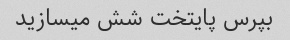
بپرس پایتخت شش میسازید